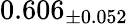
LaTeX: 0.606_{\pm 0.052}